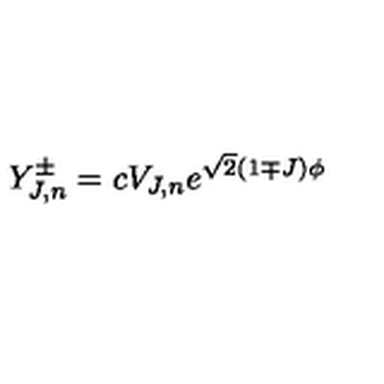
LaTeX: Y _ { J , n } ^ { \pm } = c V _ { J , n } e ^ { \sqrt { 2 } ( 1 \mp J ) \phi }